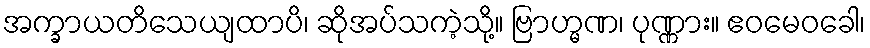
အက္ခာယတိသေယျထာပိ၊ ဆိုအပ်သကဲ့သို့။ ဗြာဟ္မဏ၊ ပုဏ္ဏား။ ဧဝမေဝခေါ၊